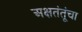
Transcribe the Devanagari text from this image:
अक्षतंतूंचा